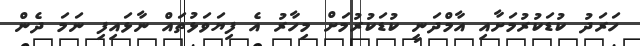
ހަރަދު ކުޑަކުރުމަށާއި އާމްދަނީ ކުޑަކުރުމަށް މިހާރު އެ ފިޔަވަޅުތައް ނާޅައިފި ނަމަ ދެން